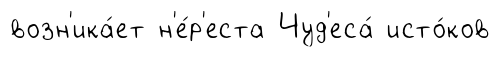
возн'ика́ет н'е́р'еста Чуд'еса́ исто́ков